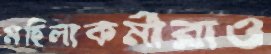
মহিলাকর্মীরাও